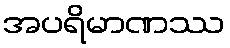
အပရိမာဏဿ